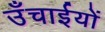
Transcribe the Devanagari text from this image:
उँचाईयों